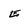
Character: e